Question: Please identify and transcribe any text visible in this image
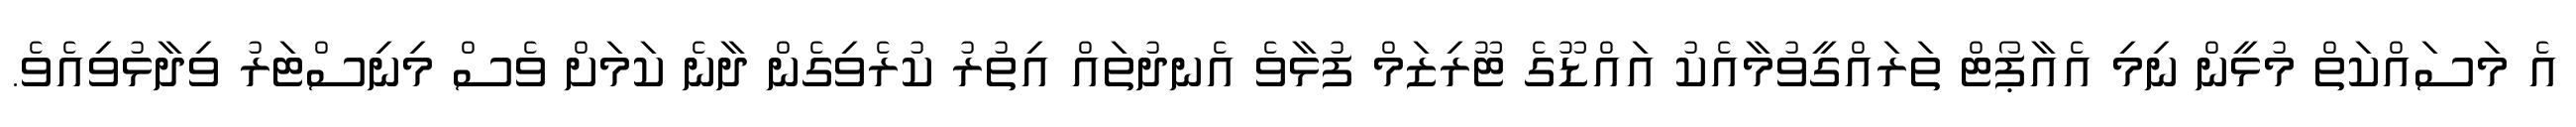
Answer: އެ މަސައްކަތް މުޅީން ނިމި އެއާޕޯޓް ތަރައްގީވުމާއެކު އައްޑޫގެ ޓޫރިޒަމް ފުޅާވެ އެނދުތައް އިތުރު ކުރެވިގެން ދާނެ ކަމަށް ވެސް މިނިސްޓަރު ވިދާޅުވިއެވެ.